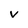
Character: v